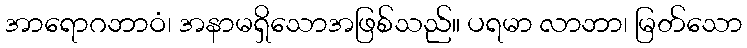
အာရောဂဘာဝံ၊ အနာမရှိသောအဖြစ်သည်။ ပရမာ လာဘာ၊ မြတ်သော